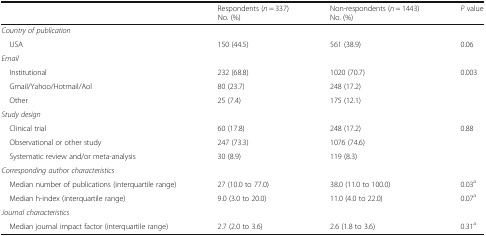
<table><thead><tr><td></td><td><b>Respondents (<i>n</i> = 337)No. (%)</b></td><td><b>Non-respondents (<i>n</i> = 1443)No. (%)</b></td><td><b><i>P</i> value</b></td></tr></thead><tbody><tr><td colspan="4"><i>Country of publication</i></td></tr><tr><td> USA</td><td>150 (44.5)</td><td>561 (38.9)</td><td>0.06</td></tr><tr><td colspan="4"><i>Email</i></td></tr><tr><td> Institutional</td><td>232 (68.8)</td><td>1020 (70.7)</td><td rowspan="3">0.003</td></tr><tr><td> Gmail/Yahoo/Hotmail/Aol</td><td>80 (23.7)</td><td>248 (17.2)</td></tr><tr><td> Other</td><td>25 (7.4)</td><td>175 (12.1)</td></tr><tr><td colspan="4"><i>Study design</i></td></tr><tr><td> Clinical trial</td><td>60 (17.8)</td><td>248 (17.2)</td><td rowspan="3">0.88</td></tr><tr><td> Observational or other study</td><td>247 (73.3)</td><td>1076 (74.6)</td></tr><tr><td> Systematic review and/or meta-analysis</td><td>30 (8.9)</td><td>119 (8.3)</td></tr><tr><td colspan="4"><i>Corresponding author characteristics</i></td></tr><tr><td> Median number of publications (interquartile range)</td><td>27 (10.0 to 77.0)</td><td>38.0 (11.0 to 100.0)</td><td>0.03<sup>a</sup></td></tr><tr><td> Median h-index (interquartile range)</td><td>9.0 (3.0 to 20.0)</td><td>11.0 (4.0 to 22.0)</td><td>0.07<sup>a</sup></td></tr><tr><td colspan="4"><i>Journal characteristics</i></td></tr><tr><td> Median journal impact factor (interquartile range)</td><td>2.7 (2.0 to 3.6)</td><td>2.6 (1.8 to 3.6)</td><td>0.31<sup>a</sup></td></tr></tbody></table>